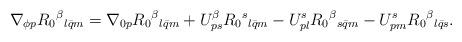
LaTeX: \begin{align*}\nabla_{\phi p}R_0{}^{\beta}{}_{l \bar{q} m}=\nabla_{0p}R_0{}^{\beta}{}_{l\bar{q}m}+U_{ps}^{\beta}R_0{}^s{}_{l \bar{q} m}-U_{pl}^s R_0{}^{\beta}{}_{s \bar{q} m}-U_{pm}^s R_0{}^{\beta}{}_{l \bar{q} s}.\end{align*}